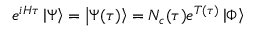
e ^ { i H \tau } \left| \Psi \right> = \left| \Psi ( \tau ) \right> = N _ { c } ( \tau ) e ^ { T ( \tau ) } \left| \Phi \right>